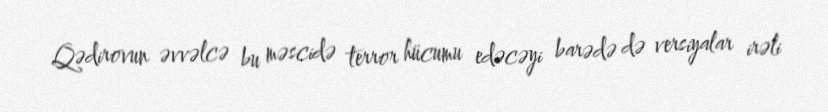
Qədirovun əvvəlcə bu məscidə terror hücumu edəcəyi barədə də versiyalar irəli